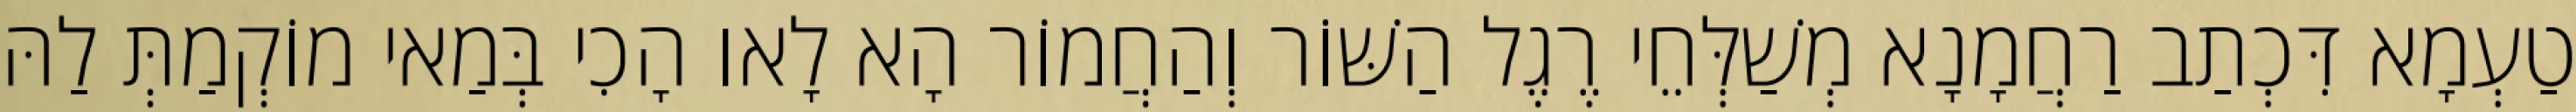
טַעְמָא דִּכְתַב רַחֲמָנָא מְשַׁלְּחֵי רֶגֶל הַשּׁוֹר וְהַחֲמוֹר הָא לָאו הָכִי בְּמַאי מוֹקְמַתְּ לַהּ